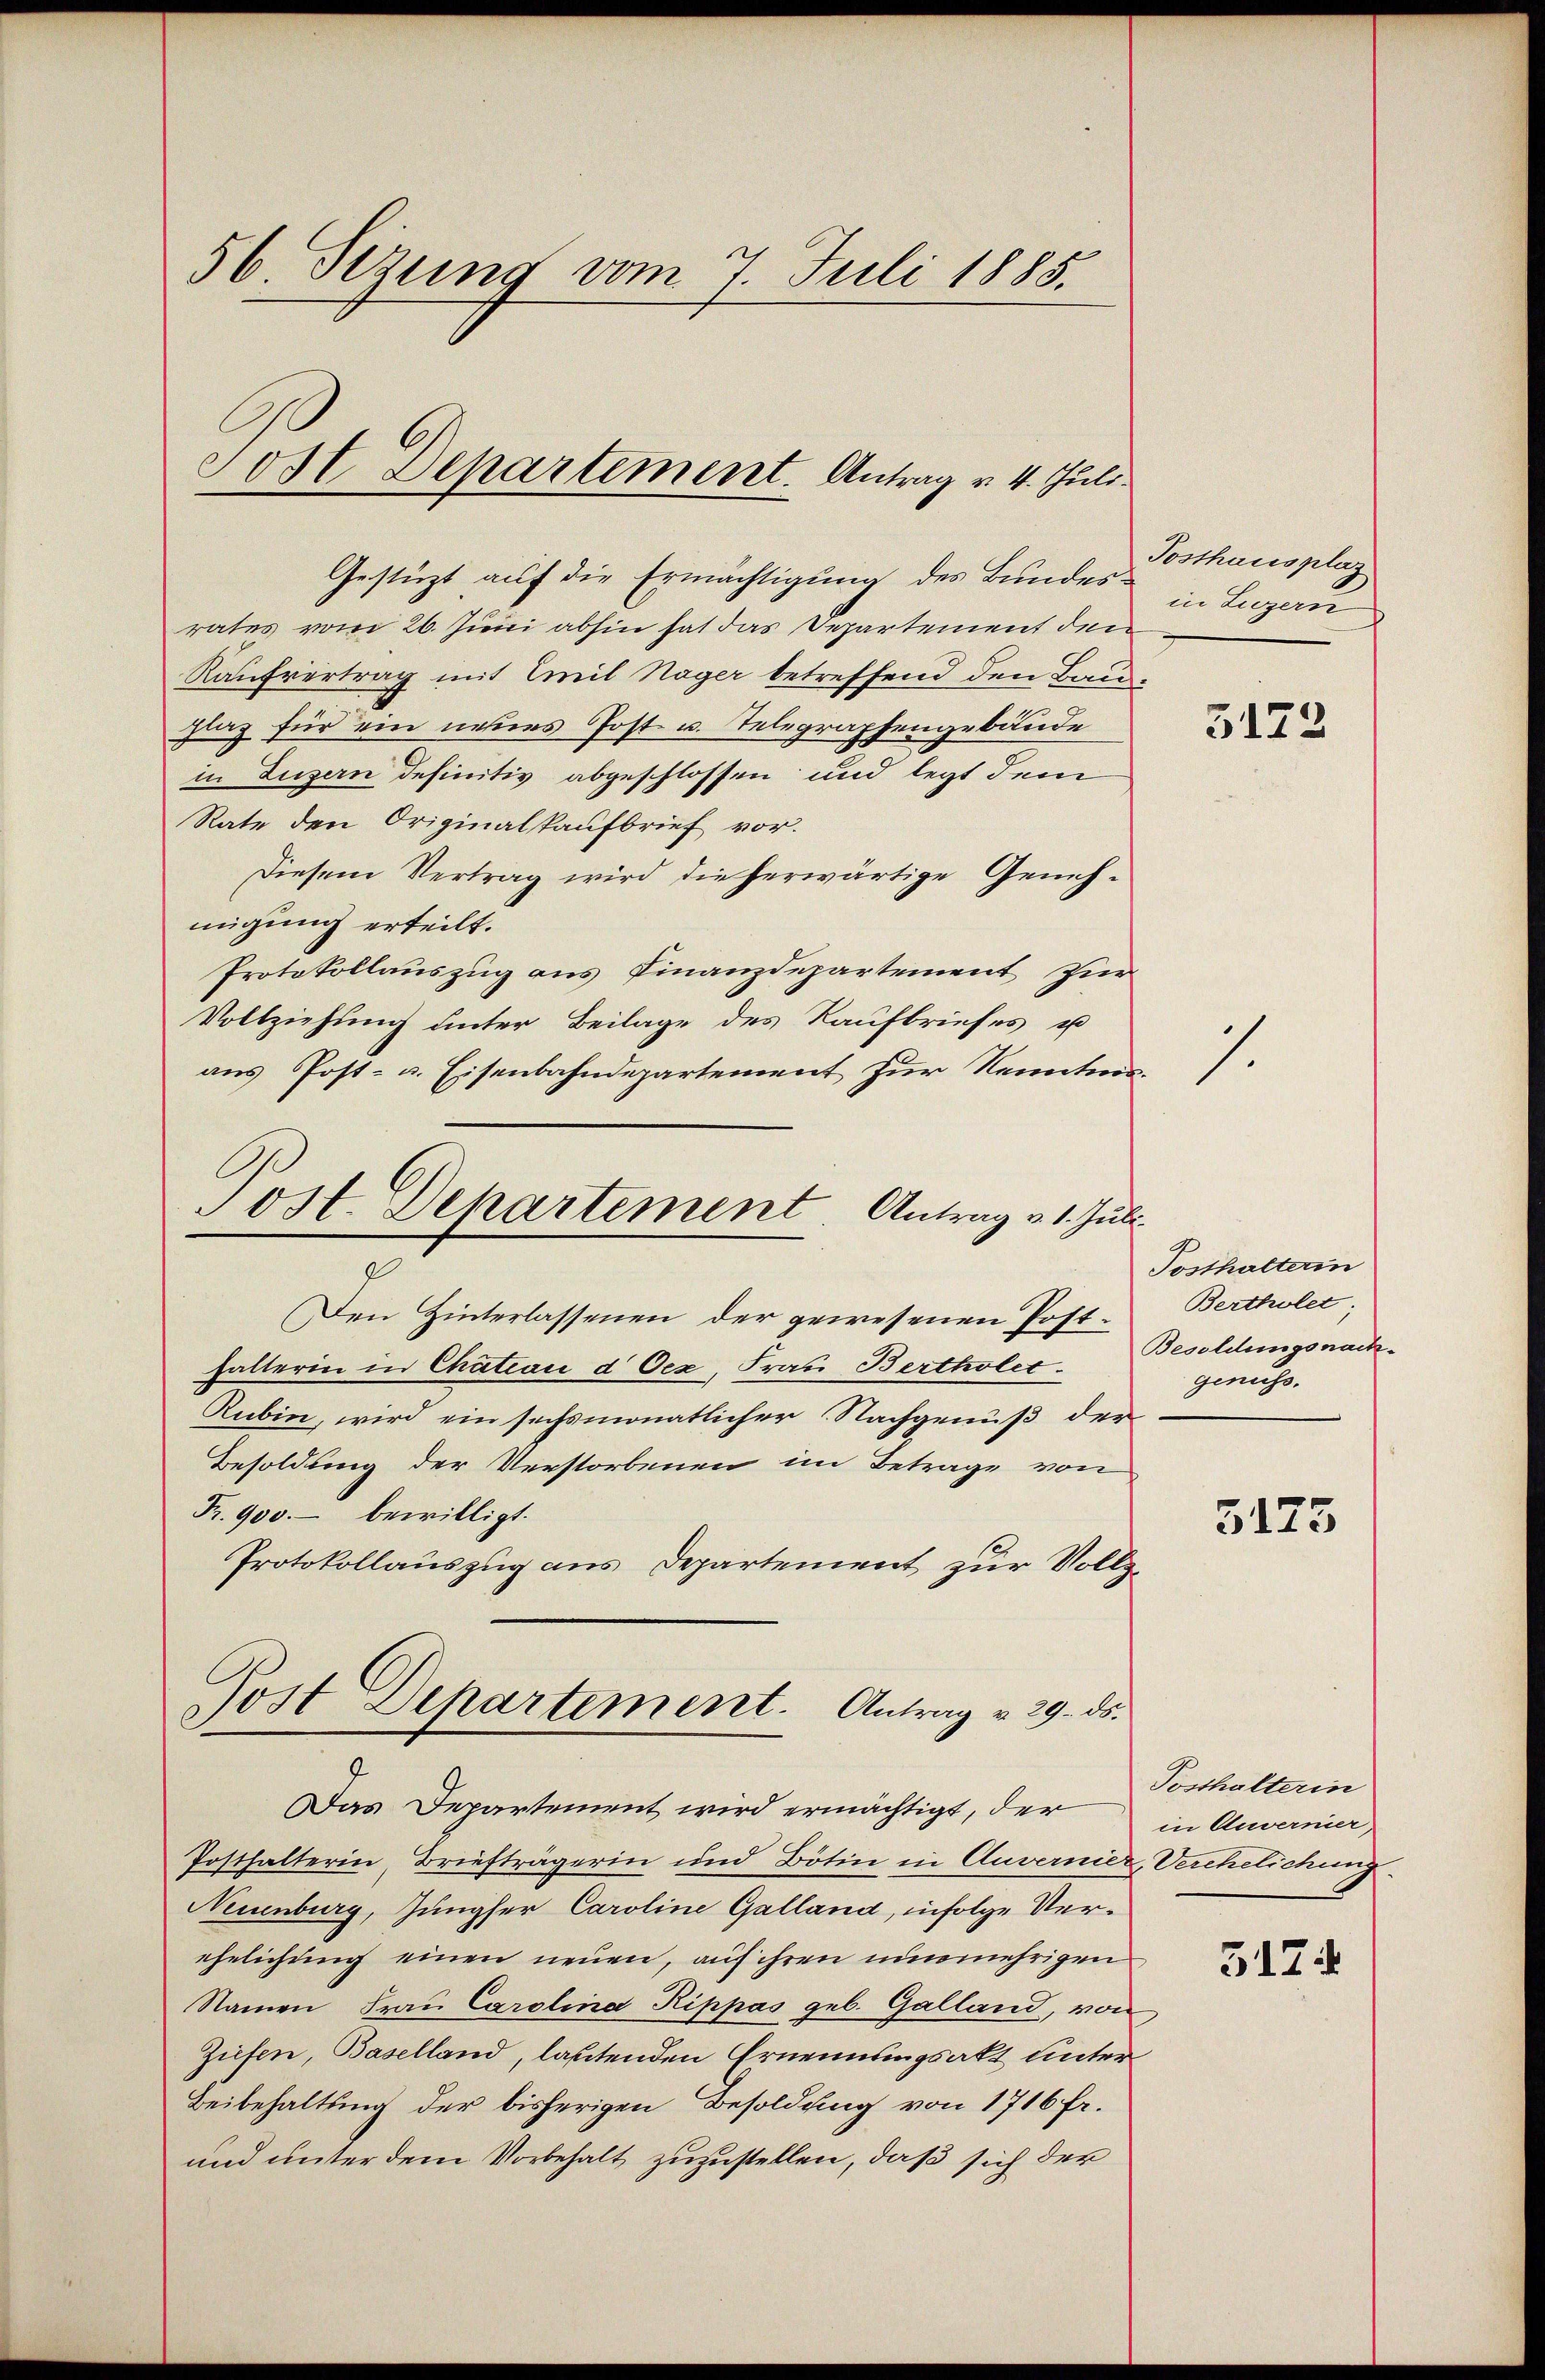
Gestüzt auf die Ermächtigung des Bundesrates vom 26. Juni abhin hat das Departement den
Kaufvertrag mit Emil Nager betreffend den Baug
plaz für ein neues Post u. Telegraphengebäude
in Luzern definitiv abgeschlossen und legt dem
Rate den Originalkaufbrief vor.
Diesem Vertrag wird die herwärtige Genehmigung erteilt.
Protokollauszug aus Finanzdepartement zur
Vollziehung unter Beilage des Kaufbriefes u
aus Post- u. Eisenbahndepartement zur Kenntnis¬

56 Sizung vom 7. Juli 1885.

Jost Departement. Antrag v. 4. Juli.

Tost. Departement. Antrag v. 1. Juli.
e

Den Hinterlassenen der gewesenen Posthalterin in Chatian d Oex, Frau Bertholer Besoldungsnach¬
Rubin, wird ein sechsmonatlicher Nachgenuß der
Besoldung der Verstorbenen im Betrage von
Fr. 900.- bewilligt.
Protokollauszug aus Departement zur Vollz
Posthalterin Briefträgerin und Bötin in Anvernier
Neuenburg, Jungfer Caroline Galland, infolge Verehelichung einen neuen, auf ihren unmehrigen
Namen Fraŭ Carolina Rippas geb. Galland, von
Ziefen, Baselland, lautenden Ernennungsakt unter
Beibehaltung der bisherigen Besoldung von 1716 fr.
und unter dem Vorbehalt zuzustellen, daß sich der

Post Departement. Antrag v. 29. ds.
Das Departement wird ermächtigt, der

Posthausplaz
in Luzern

3173

7.

Tosthalterin
Bertholet
genuss.

5175

Posthalterin
in Anvernier,
Verehelichung

5174